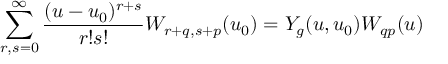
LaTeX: \sum _ { r , s = 0 } ^ { \infty } { \frac { ( u - u _ { 0 } ) ^ { r + s } } { r ! s ! } } W _ { r + q , s + p } ( u _ { 0 } ) = Y _ { g } ( u , u _ { 0 } ) W _ { q p } ( u )